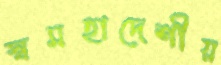
স্বমহাদেশীয়